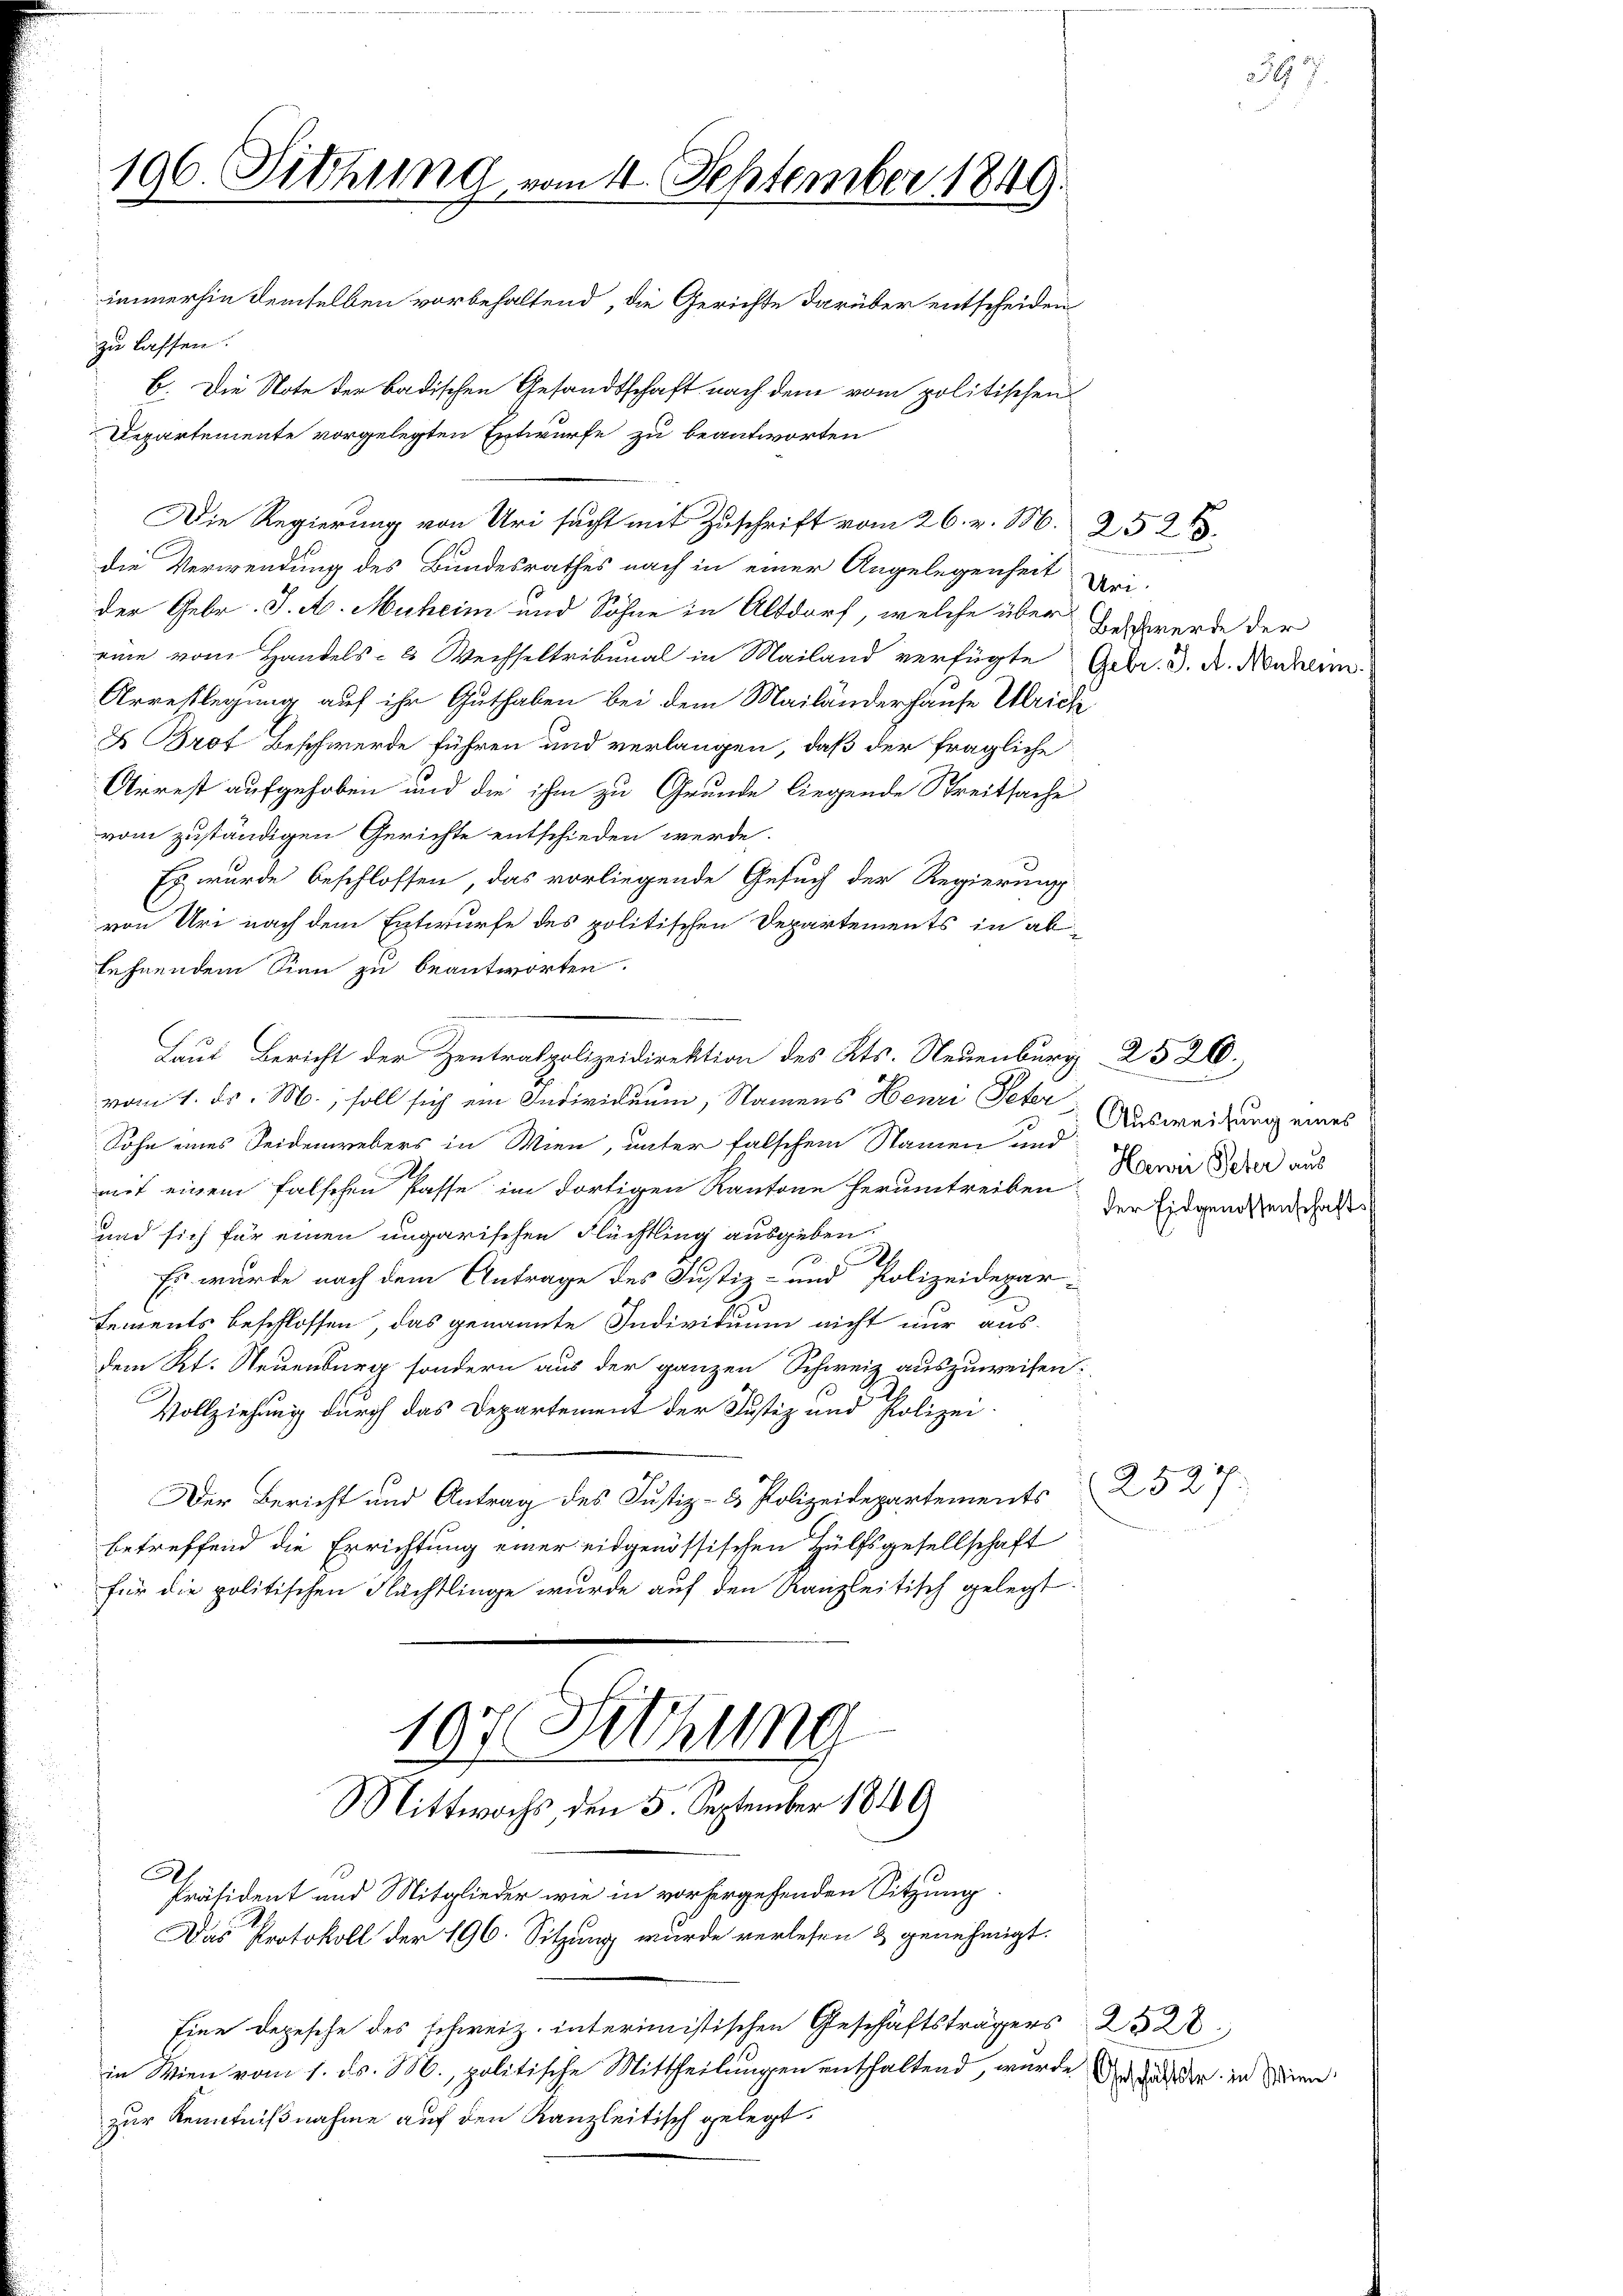
196. Sitzung vom 4. September 1849.

zu lassen.
b. Die Note der badischen Gesandtschaft nach dem vom politischen
Departemente vorgelegten Entwurfe zu beantworten
die Verwendung des Bundesrathes nach in einer Angelegenheit vri-
der Gebr. J. A. Muheim und Söhne in Altdorf, welche über Hochwerde der
eine vom Handels- & Wechseltribunal in Mailand verfügte Gebr. J. A. Nahen
Arrestlegung auf ihr Guthaben bei dem Mailänderhause Ulriche
X Brot Beschwerde führen und verlangen, daß der fragliche
Arrest aufgehoben und die ihm zu Grunde liegende Streitsache
vom zuständigen Gerichte entschieden werde.
Es wurde beschlossen, das vorliegende Gesuch der Regierung
von Uri nach dem Entwurfe des politischen Departements in ablehnendem Sinn zu beantworten.
Laut Bericht der Zentralpolizeidirektion des Kts. Neuenburg 2520.
vom 1. Dr. M., soll sich ein Individuum, Namens Henri Peter
Sohn eines Seidenwebers in Wien, unter falschem Namen und
A
mit einem falschen Pässe im dortigen Kantone herumtreiben. Dervir Beher aus
und sich für einen ungarischen Flüchtling ausgeben.
Es wurde nach dem Antrage des Justiz- und Polizeidepar-
tements beschlossen, das genannte Individuum nicht nur aus
dem Rt. Neuenburg sondern aus der ganzen Schweiz auszuweisen.
10
Vollziehung durch das Departement der Justiz und Polizei.
Der Bericht und Antrag des Justiz- & Polizeidepartements 25 27
betreffend die Errichtung einer eidgenössischen Hülfsgesellschaft
für die politischen Nächtlinge wurde auf den Kanzleitisch gelegt
107 Sitzung
Mittwochs, den 5. September 1849
E
Präsident und Mitglieder wie in vorhergehenden Sitzung
Das Protokoll der 196. Sitzung wurde verlesen & genehmigt.
Eine Depesche des schweiz. interimistischen Geschäftsträgers 228
in Wien vom 1. ds. M., politische Mittheilungen enthaltend, wurde Er hander in denn
zur Kenntnißnahme auf den Kanzleitisch gelegt.

immerhin demselben vorbehaltend, die Gerichte darüber entscheiden

Die Regierung von Uri sucht mit Zuschrift vom 26. v. M. 252.

Ausweisung eines
der Eidgenossenschafts

7